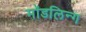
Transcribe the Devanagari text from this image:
मॉडलिन्ग